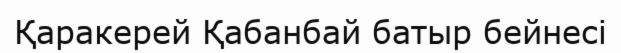
Қаракерей Қабанбай батыр бейнесі